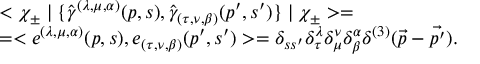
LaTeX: \begin{array} { l } { { < \chi _ { \pm } \mid \{ { \hat { \gamma } } ^ { ( \lambda , \mu , \alpha ) } ( p , s ) , { \hat { \gamma } } _ { ( \tau , \nu , \beta ) } ( p ^ { \prime } , s ^ { \prime } ) \} \mid \chi _ { \pm } > = } } \\ { { = < e ^ { ( \lambda , \mu , \alpha ) } ( p , s ) , e _ { ( \tau , \nu , \beta ) } ( p ^ { \prime } , s ^ { \prime } ) > = \delta _ { s s ^ { \prime } } \delta _ { \tau } ^ { \lambda } \delta _ { \mu } ^ { \nu } \delta _ { \beta } ^ { \alpha } \delta ^ { ( 3 ) } ( \vec { p } - \vec { p ^ { \prime } } ) . } } \end{array}